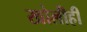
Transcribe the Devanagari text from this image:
खोलीही